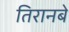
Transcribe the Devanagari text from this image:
तिरानबे